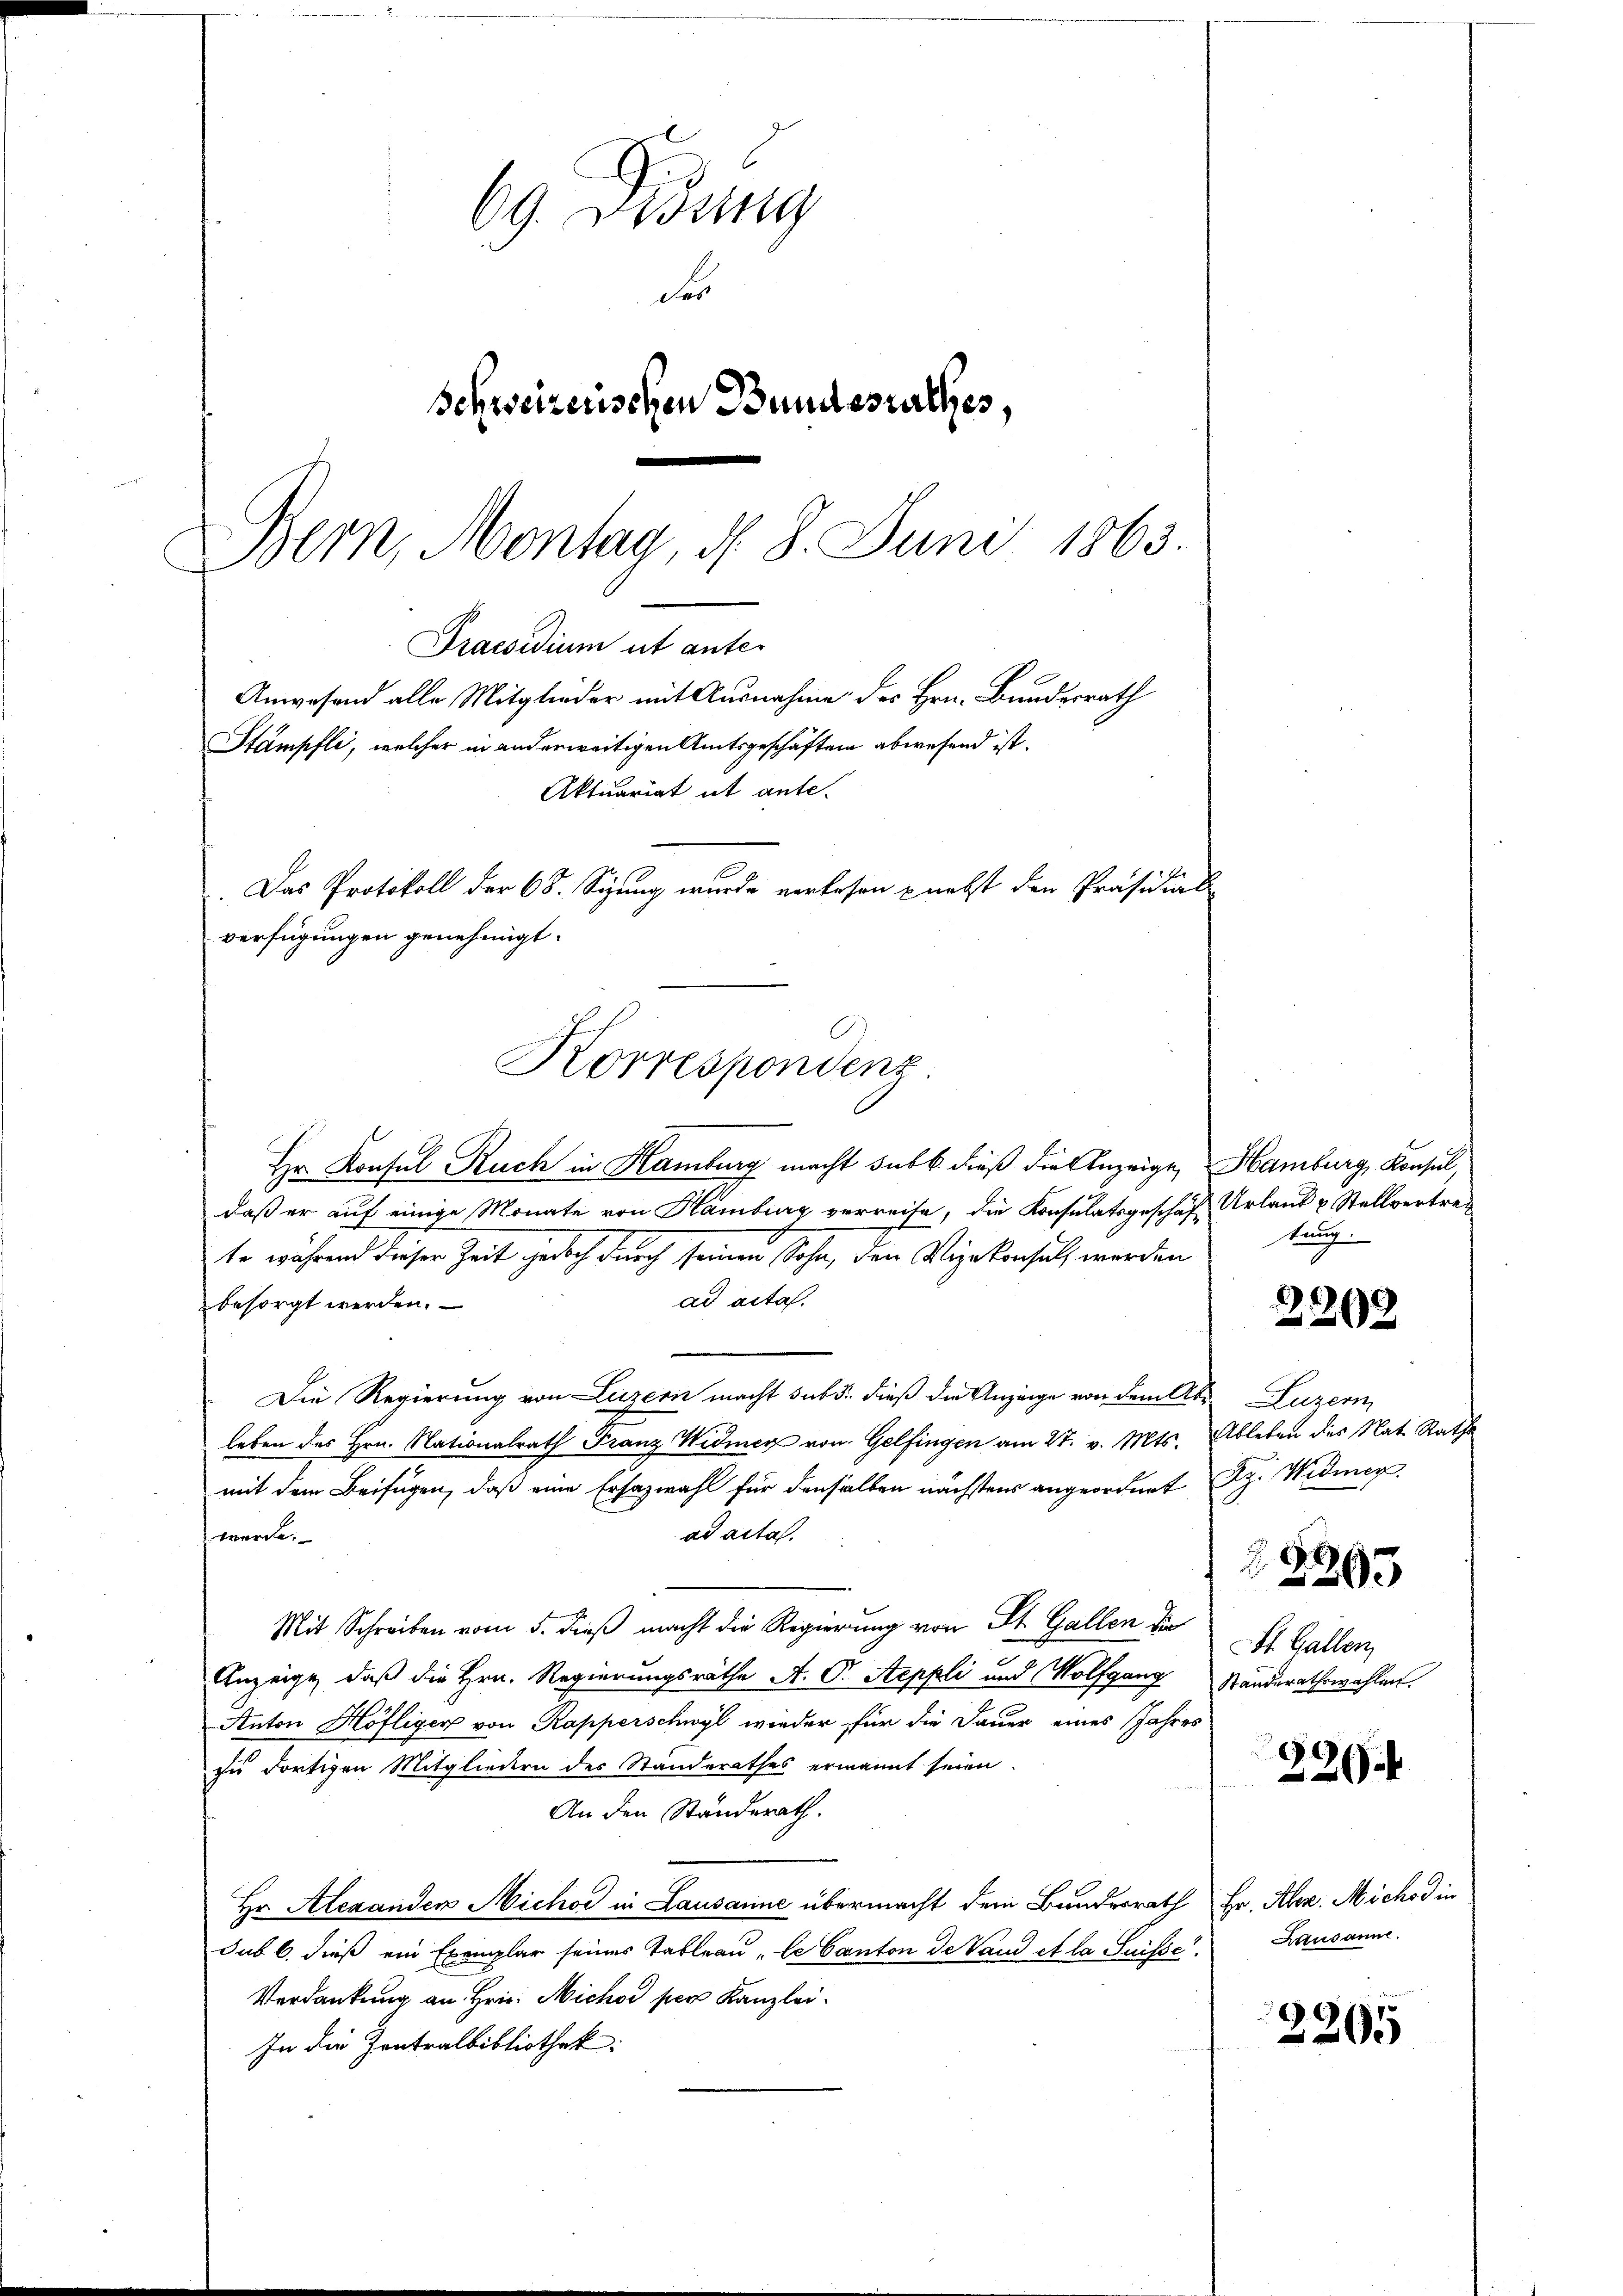
69. Didung
des
Schweizerischen Bundesrathes,
Bern, Montag, d. 8. Juni 1863.

Praesidium ut anter
Anwesend alle Mitglieder mit Ausnahme des Hrn. Bundesrath
Stampfli, welcher in anderweitigen Amtsgeschäften abwesend ist.
Aktuariat it ante.
 Das Protokoll der 68. Sizung wurde verlesen nebst den Präsidial
verfügungen genehmigt.
Korrespondenz.

Hr. Konsul Ruch in Hamburg macht sub b. dieß die Anzeige, Hamburg, Konsul,
daß er auf einige Monate von Hamburg verreise, die Konsulatsgeschäft Urland & Stellvertrete während dieser Zeit jedoch durch seinen Sohn, den Vizekonsuls werden
ad acta.
besorgt werden.
Die Regierung von Luzern macht sub 5. dieß die Anzeige von dem Abeleben des Hrn. Nationalrath Franz Widmer von Gelfingen am 27. v. Mts. Ableben des Nat. Rathe
mit dem Beifügen, daß eine Erfazwahl für denselben nächstens angeordnet Rp. Widmer
ad acta.
werde.
Mit Schreiben vom 5. dieß macht die Regierung von St. Gallen die
Anzeige, daß die Hrn. Regierungsräthe A. Pr. Steppli und Wolfgang Standerathswahlen.
Anton Höfliger von Rapperschwyl wieder für die Dauer eines Jahres
su dortigen Mitgliedern des Standerathes ermannt seien.
An den Standerath.
Hr. Alexanden Michor in Lausanne übermacht dem Bundesrath Hr. Aber Michod in
sub 6. dieß ein Exemplar seines Tableau "le Canton de Vaud et la Suisse.
Verdankung an Hrn. Michor per Kanzlei.
In die Zentralbibliothek

tuung

2202

Luzern
22293
St. Gallen,

220 f

Lausanne.

2205